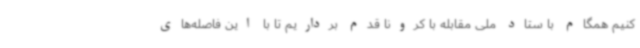
کنیم همگام با ستاد ملی مقابله با کرونا قدم برداریم تا با این فاصله‌های